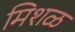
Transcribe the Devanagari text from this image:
मिशळ